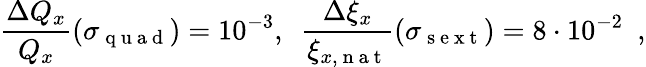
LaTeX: \frac{\Delta Q_{x}}{Q_{x}}\left(\sigma_{\mathrm{~q~u~a~d~}}\right)=10^{-3},\enspace\frac{\Delta\xi_{x}}{\xi_{x,\mathrm{~n~a~t~}}}\left(\sigma_{\mathrm{~s~e~x~t~}}\right)=8\cdot 10^{-2}\enspace,